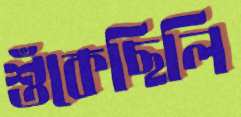
শুঁকেছিলি